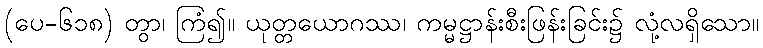
(ပေ-၆၁၈) တွာ၊ ကြံ၍။ ယုတ္တယောဂဿ၊ ကမ္မဋ္ဌာန်းစီးဖြန်းခြင်း၌ လုံ့လရှိသော။